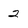
Character: 2